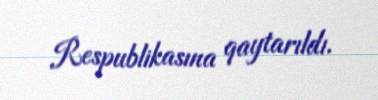
Respublikasına qaytarıldı.